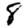
Digit: 8